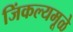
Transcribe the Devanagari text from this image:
जिंकल्यमूळे